DOW-UAP-D7, Mission Report, Arabian Gulf, 2020
Agency: Department of War
Page 2
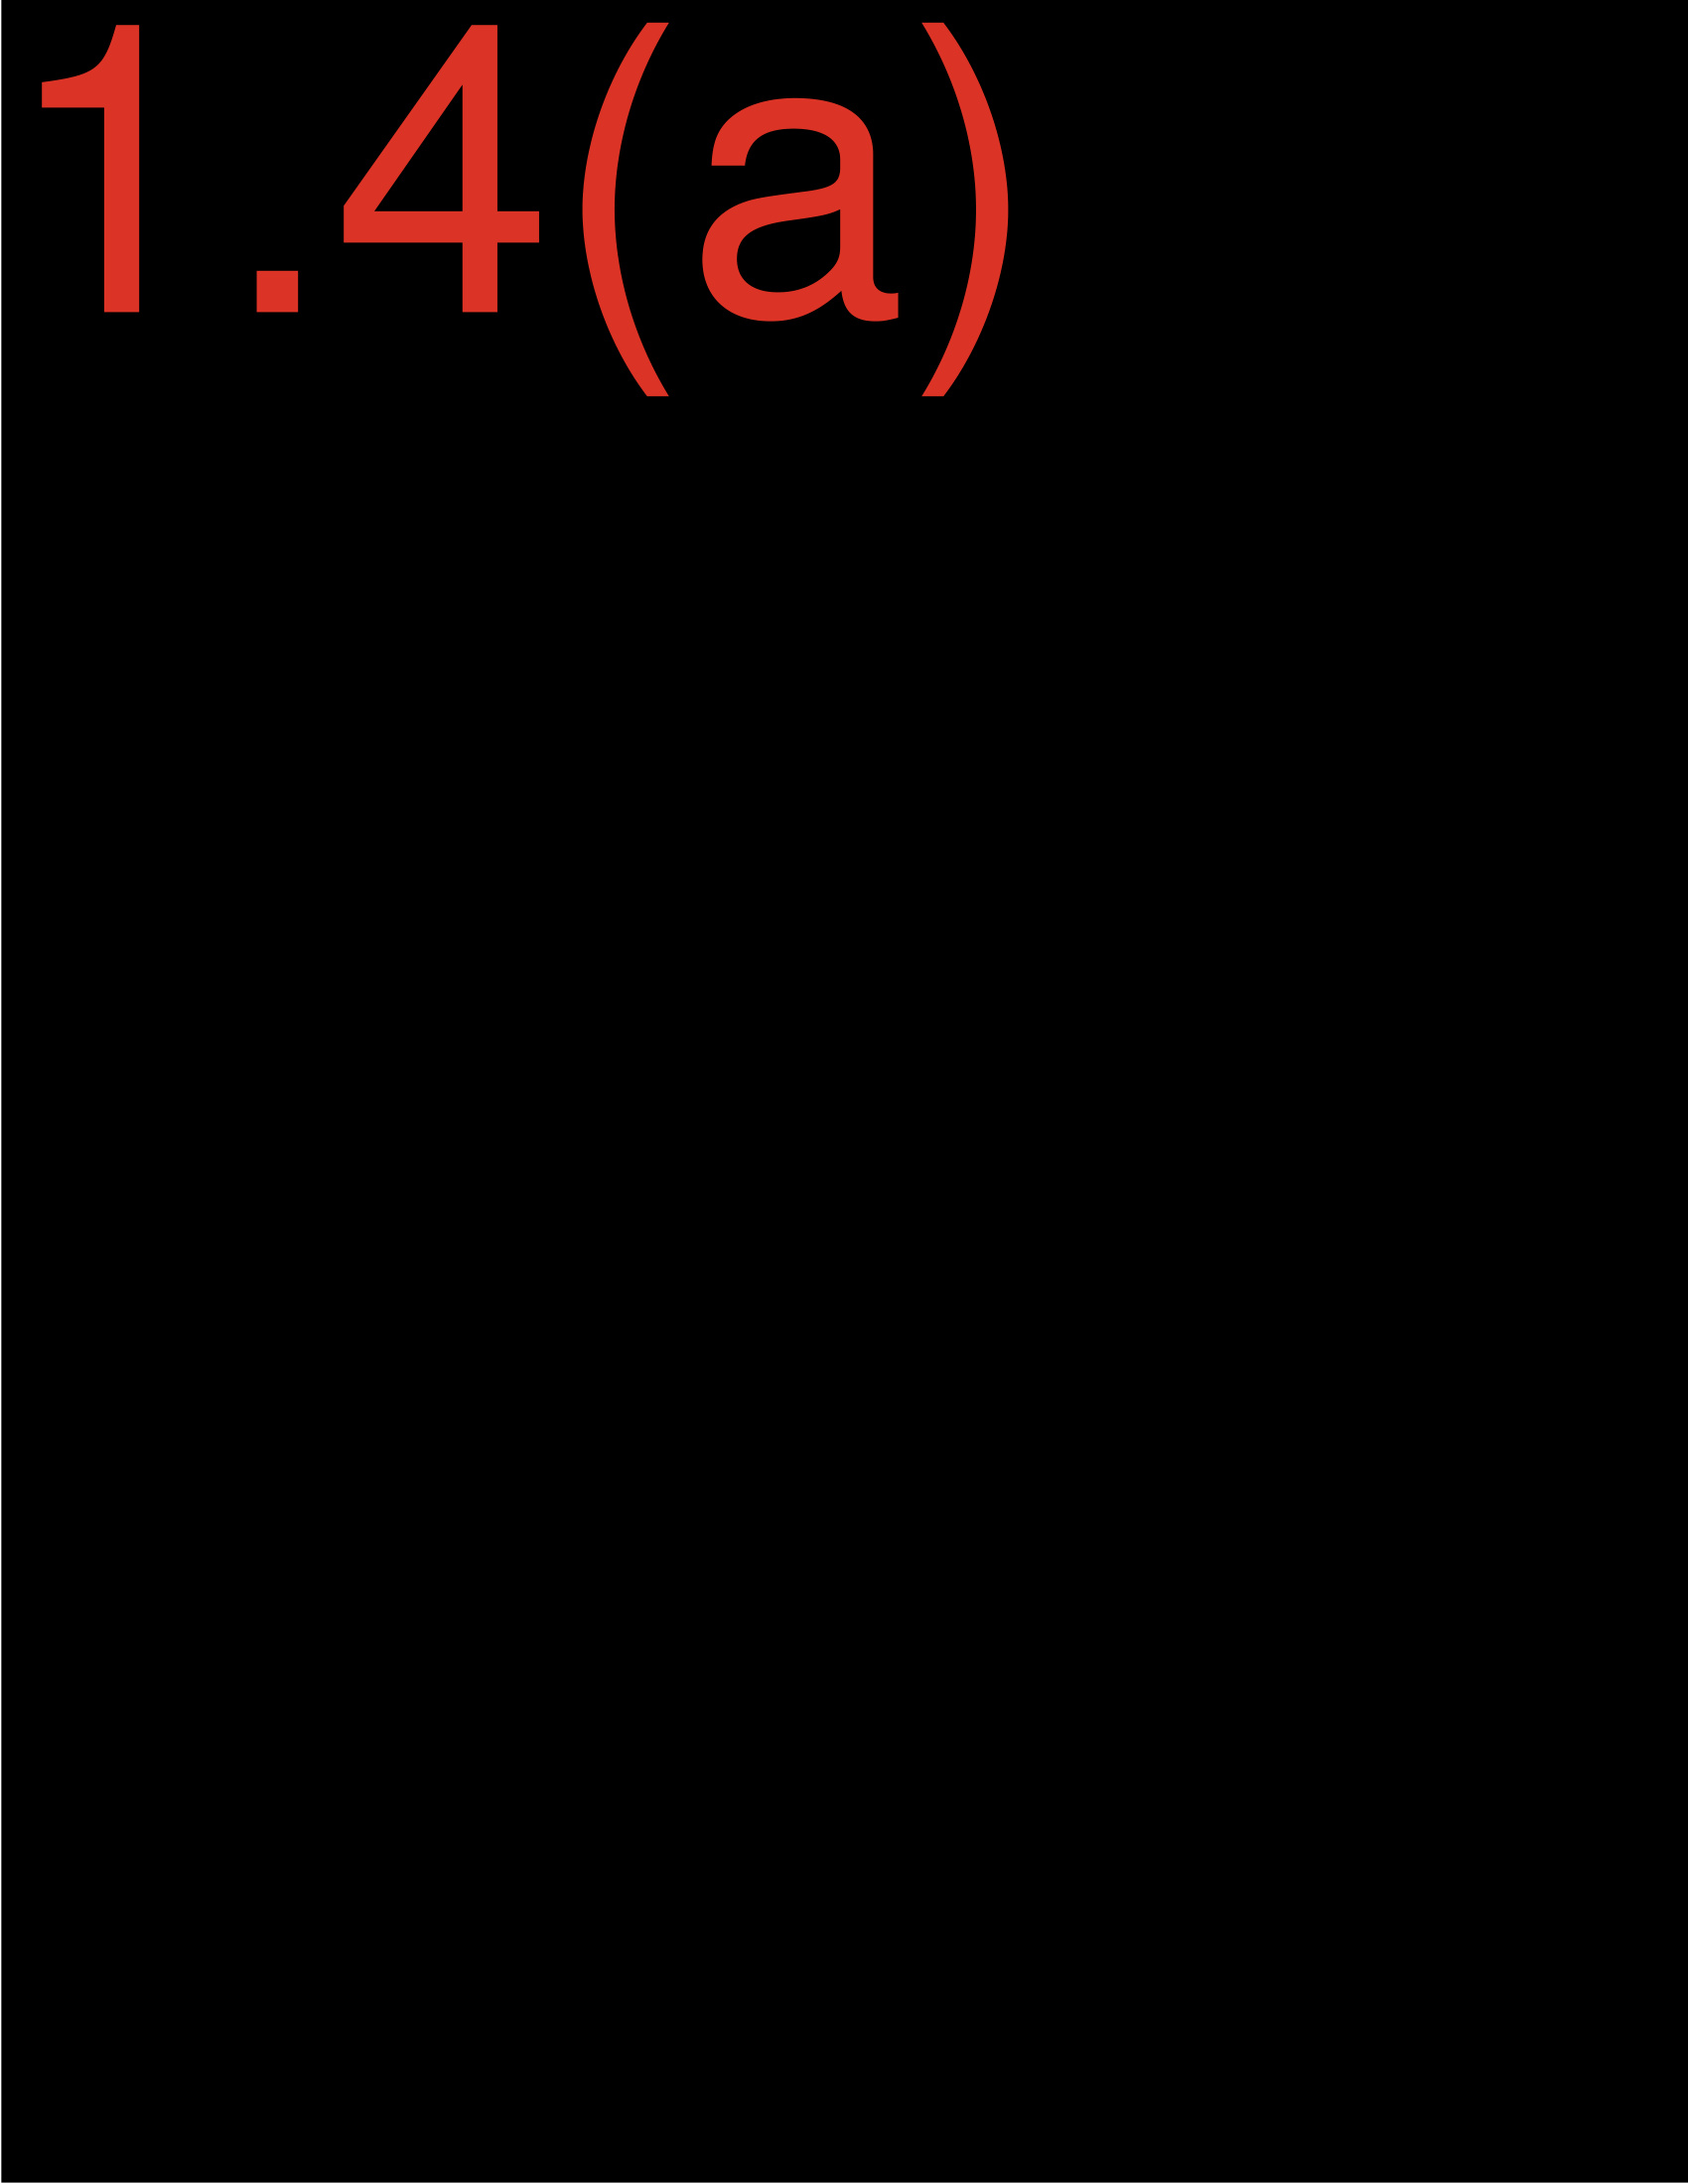